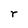
Character: r